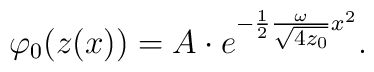
\varphi_0(z(x)) = A \cdot e^{- \frac12 \frac{\omega}{\sqrt{ \mbox{\scriptsize$4 z_0$}}} x^2}.